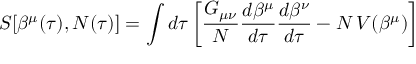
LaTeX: S [ \beta ^ { \mu } ( \tau ) , N ( \tau ) ] = \int d \tau \left[ \frac { G _ { \mu \nu } } { N } \frac { d \beta ^ { \mu } } { d \tau } \frac { d \beta ^ { \nu } } { d \tau } - N \, V ( \beta ^ { \mu } ) \right]